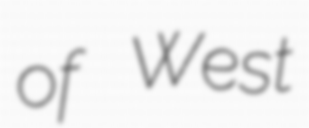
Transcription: of West